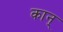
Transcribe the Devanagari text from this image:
कान्‌